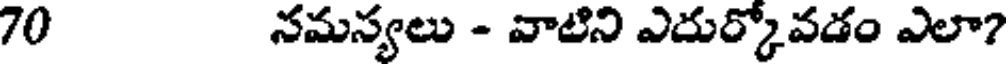
70 నమస్యలు - వాటిని ఎదుర్కోవడం ఎలా?